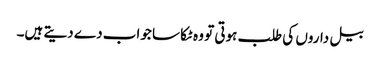
بیل داروں کی طلب ہوتی تو وہ ٹکا سا جواب دے دیتے ہیں۔